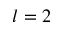
l = 2